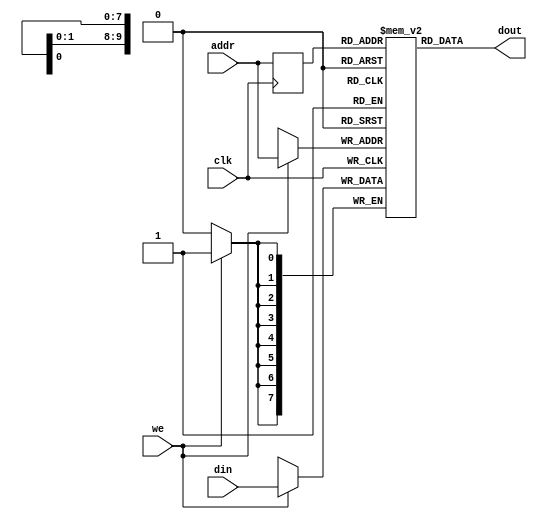
module ram #(parameter DW=8, AW=10) (
    input clk, we,//
    input [DW-1:0] din,//
    input [AW-1:0] addr,//
    output [DW-1:0] dout //
);
    reg [AW-1:0] read_addr;//
    reg [DW-1:0] mem [2**AW - 1:0];//81024
    assign dout = mem[read_addr]; //
    always @(posedge clk) begin
        if(we) mem[addr] <= din; //weaddr
        read_addr <= addr;
    end
endmodule

//BRAM
//BRAM